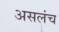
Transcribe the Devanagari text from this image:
असलंच